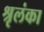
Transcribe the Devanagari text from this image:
श्रृलंका